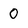
Character: 0